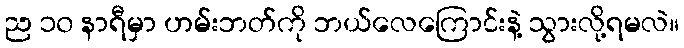
ည ၁၀ နာရီမှာ ဟမ်းဘတ်ကို ဘယ်လေကြောင်းနဲ့ သွားလို့ရမလဲ။